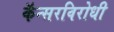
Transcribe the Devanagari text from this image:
कॅन्सरविरोधी